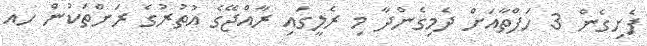
ފެށިގެން 3 ހަފްތާއަށް ދެމިގެންދާ މި ރެލީގައި ރާއްޖޭގެ އުތުރުގެ ރަށްތަކުން ހއ